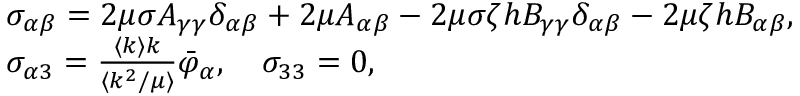
\begin{array} { r l } & { \sigma _ { \alpha \beta } = 2 \mu \sigma A _ { \gamma \gamma } \delta _ { \alpha \beta } + 2 \mu A _ { \alpha \beta } - 2 \mu \sigma \zeta h B _ { \gamma \gamma } \delta _ { \alpha \beta } - 2 \mu \zeta h B _ { \alpha \beta } , } \\ & { \sigma _ { \alpha 3 } = \frac { \langle k \rangle k } { \langle k ^ { 2 } / \mu \rangle } \bar { \varphi } _ { \alpha } , \quad \sigma _ { 3 3 } = 0 , } \end{array}